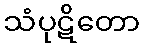
သံပုဋိတော